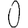
Digit: 0